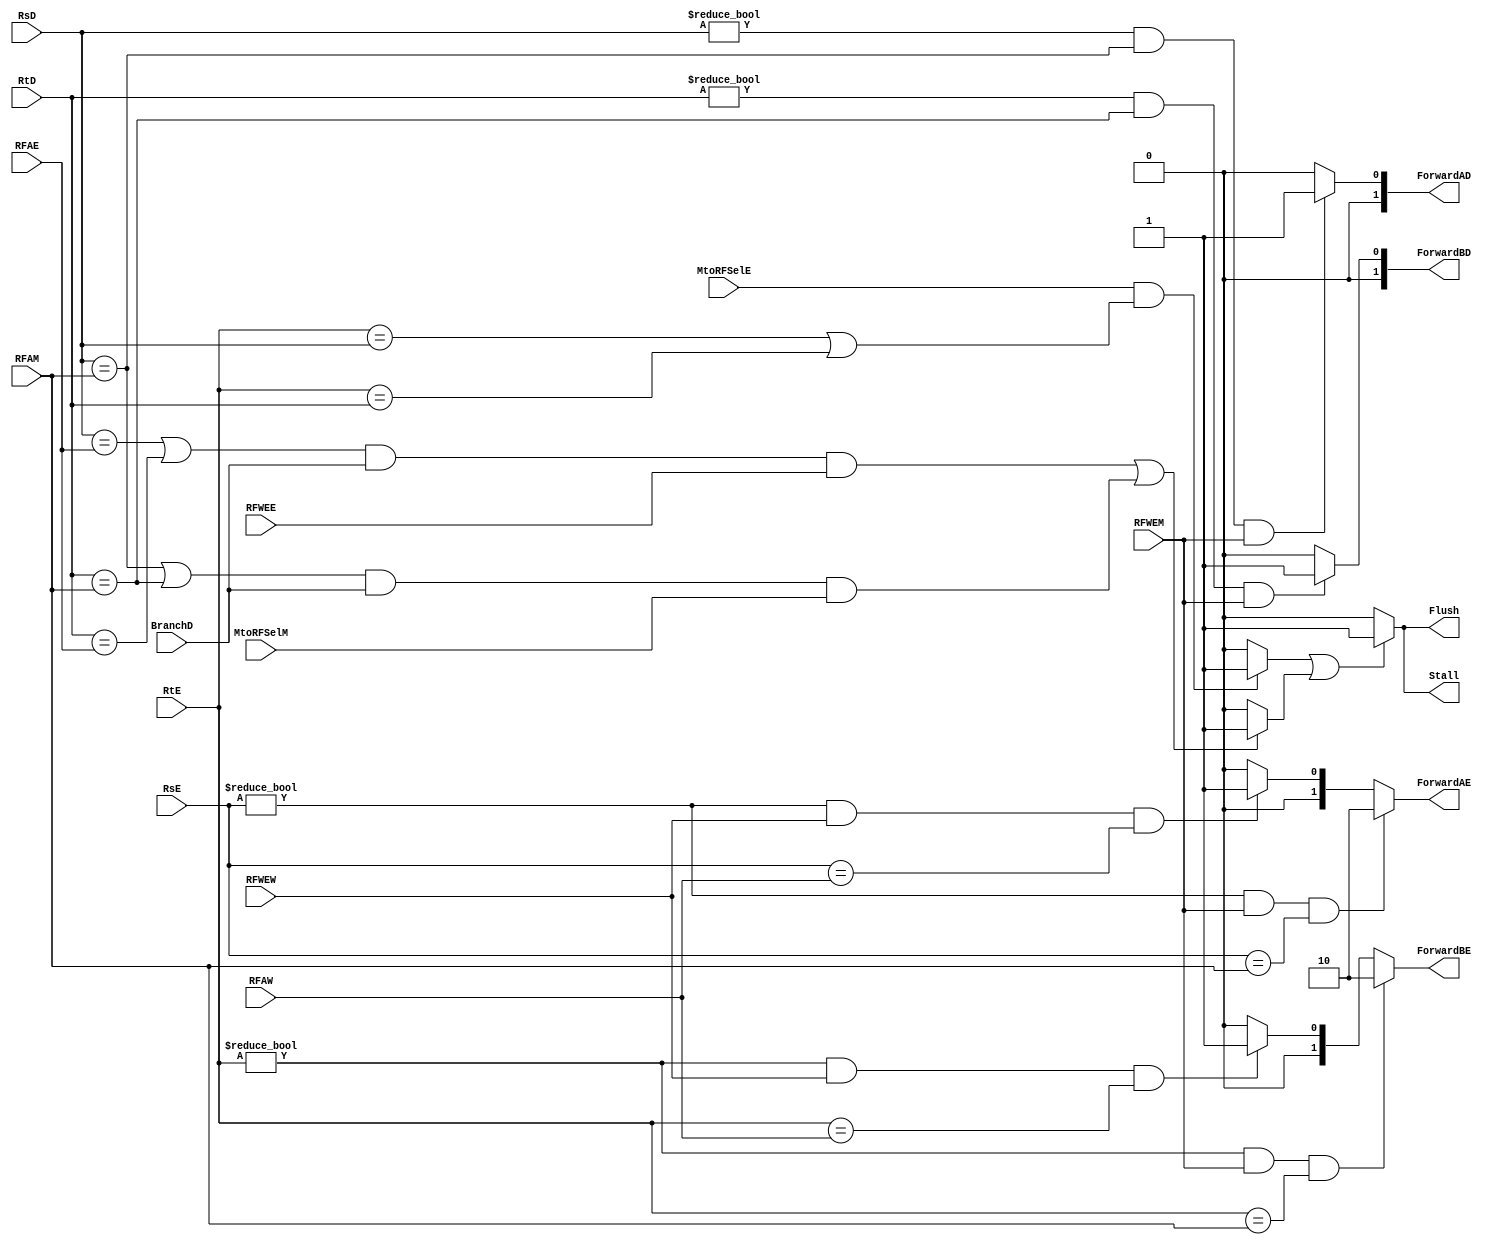
`timescale 1ns / 1ps

module HazardUnit #(parameter AWL = 6, DWL = 32, DEPTH = 2**AWL)
                   (input BranchD,
                    input [AWL-2:0] RsD, RtD, RsE, RtE, RFAE, RFAM, RFAW,
                    input MtoRFSelE, MtoRFSelM, RFWEE, RFWEM, RFWEW,
                    output reg Stall, Flush, 
                    output reg [AWL-5:0] ForwardAD, ForwardBD,
                    output reg [AWL-5:0] ForwardAE, ForwardBE);
 
reg LWStall, BRStall;

initial Stall = 0;
initial LWStall = 0;
initial BRStall = 0;
initial ForwardAD = 2'b00;
initial ForwardBD = 2'b00;
initial ForwardAE = 2'b00;
initial ForwardBE = 2'b00;

    
    always @ (*) begin
        // ForwardAD = (RsD != 0) && (RsD == RFAM) && RFWEM;
        if ((RsD != 0) && (RsD == RFAM) && RFWEM)
            ForwardAD = 1;
        else
            ForwardAD = 0;
        
        // ForwardBD = (RtD != 0) && (RtD == RFAM) && RFWEM;
        if ((RtD != 0) && (RtD == RFAM) && RFWEM)
            ForwardBD = 1;
        else
            ForwardBD = 0;
    end          
                    
    always @ (*) begin
        if ((RsE != 0) && RFWEM && (RsE == RFAM))
            ForwardAE = 2'b10;
        else if ((RsE != 0) && RFWEW && (RsE == RFAW))
            ForwardAE = 2'b01;
        else
            ForwardAE = 2'b00;
    end       
    
    always @ (*) begin
        if ((RtE != 0) && RFWEM && (RtE == RFAM))
            ForwardBE = 2'b10;
        else if ((RtE != 0) && RFWEW && (RtE == RFAW))
            ForwardBE = 2'b01;
        else
            ForwardBE = 2'b00;
    end  
    
    always @ (*) begin
        // LWStall = MtoRFSelE && ((RtE == RsD) || (RtE == RtD)); 
        if (MtoRFSelE && ((RtE == RsD) || (RtE == RtD))) 
            LWStall = 1;
        else
            LWStall = 0;
            
        // BRStall = (RsD == RFAE || RtD == RFAE) && BranchD && RFWEE ||
        //           (RsD == RFAM || RtD == RFAM) && BranchD && MtoRFSelM;
        if ((RsD == RFAE || RtD == RFAE) && BranchD && RFWEE ||
            (RsD == RFAM || RtD == RFAM) && BranchD && MtoRFSelM)
            BRStall = 1;
        else
            BRStall = 0;
        
        // Stall = LWStall || BRStall;
        if (LWStall || BRStall)
            Stall = 1;
        else
            Stall = 0;
        Flush = Stall;
    end     
                    
endmodule